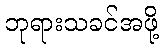
ဘုရားသခင်အဖို့